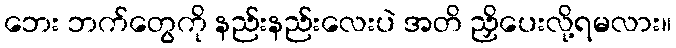
ဘေး ဘက်တွေကို နည်းနည်းလေးပဲ အတိ ညှိပေးလို့ရမလား။